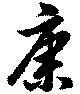
康